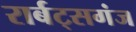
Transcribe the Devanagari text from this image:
रार्बट्सगंज